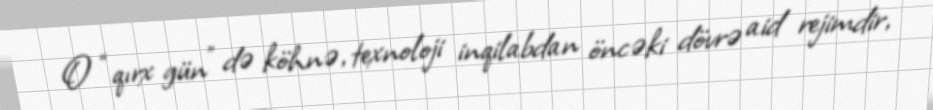
O “qırx gün” də köhnə, texnoloji inqilabdan öncəki dövrə aid rejimdir,